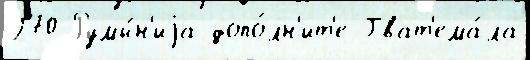
270 Румы́н'иjа допо́лн'ит'е Гват'ема́ла